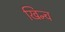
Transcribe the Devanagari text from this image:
खिन्च